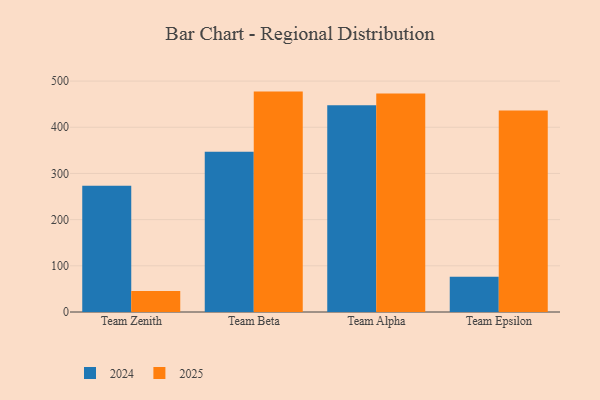
{"axis": {"x": "Team", "y": "Latency (ms)"}, "legend": ["2024", "2025"], "data": [{"x": "Team Zenith", "y": 45.4, "type": "2025"}, {"x": "Team Zenith", "y": 273.6, "type": "2024"}, {"x": "Team Beta", "y": 477.2, "type": "2025"}, {"x": "Team Beta", "y": 347.0, "type": "2024"}, {"x": "Team Alpha", "y": 473.2, "type": "2025"}, {"x": "Team Alpha", "y": 447.8, "type": "2024"}, {"x": "Team Epsilon", "y": 436.4, "type": "2025"}, {"x": "Team Epsilon", "y": 76.5, "type": "2024"}]}